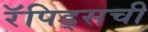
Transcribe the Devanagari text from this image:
रॅपिड्सची